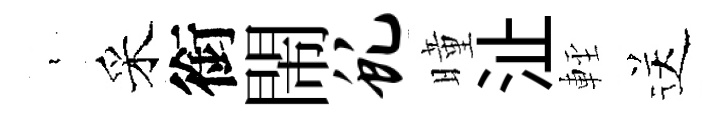
裊采銜閙虬曈沚䡖送